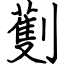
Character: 劐